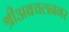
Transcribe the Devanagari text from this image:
श्रीअबचलनगर